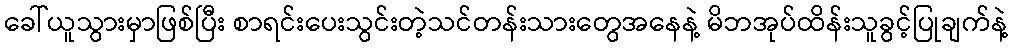
ခေါ်ယူသွားမှာဖြစ်ပြီး စာရင်းပေးသွင်းတဲ့သင်တန်းသားတွေအနေနဲ့ မိဘအုပ်ထိန်းသူခွင့်ပြုချက်နဲ့